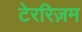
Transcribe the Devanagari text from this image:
टेररिज़म